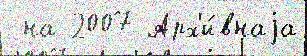
 на 2007 Арх'и́внаjа